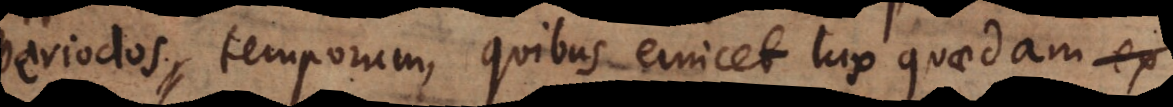
periodos temporum, quibus emicet lux quaedam